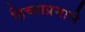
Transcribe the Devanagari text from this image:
हिच्याप्रमाणे